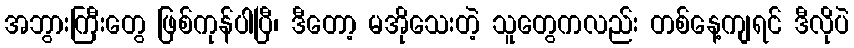
အဘွားကြီးတွေ ဖြစ်ကုန်ပါပြီ၊ ဒီတော့ မအိုသေးတဲ့ သူတွေကလည်း တစ်နေ့ကျရင် ဒီလိုပဲ